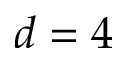
d = 4